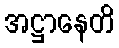
အဋ္ဌာနေတိ